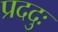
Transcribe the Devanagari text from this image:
प्रददुः